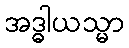
အဒ္ဓါယသ္မာ